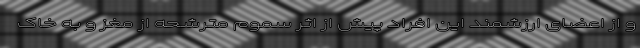
و از اعضای ارزشمند این افراد پیش از اثر سموم مترشحه از مغز و به خاک